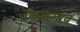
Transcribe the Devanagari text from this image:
उक्कलगाव